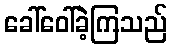
ခေါ်ဝေါ်ခဲ့ကြသည်